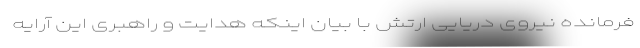
فرمانده نیروی دریایی ارتش با بیان اینکه هدایت و راهبری این آرایه